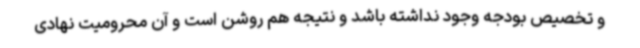
و تخصیص بودجه وجود نداشته باشد و نتیجه هم روشن است و آن محرومیت نهادی